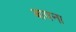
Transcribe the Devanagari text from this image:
बापना